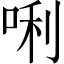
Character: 唎